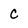
Character: C